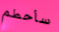
سأحطم